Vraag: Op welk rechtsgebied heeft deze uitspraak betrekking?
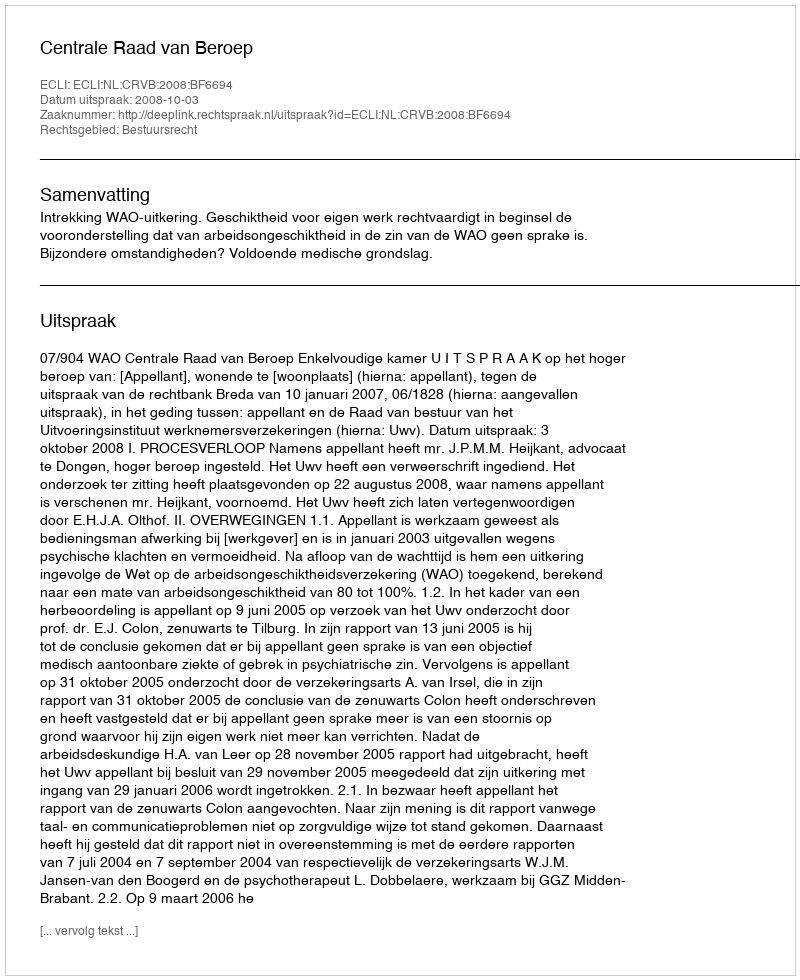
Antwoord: Bestuursrecht